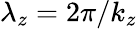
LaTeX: \lambda_{z}={2\pi}/{k_{z}}